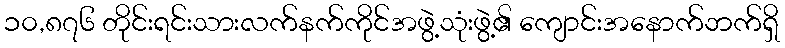
၁၀,၈၇၆ တိုင်းရင်းသားလက်နက်ကိုင်အဖွဲ့သုံးဖွဲ့၏ ကျောင်းအနောက်ဘက်ရှိ